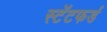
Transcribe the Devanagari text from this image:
स्टॅटफर्ड